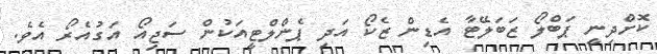
ކޮށްދިނީ ޕަބްލޯ ޒަބަލޭޓާ އެޑިން ޒެކޯ އަދި ޕެންލްޓީއަކުން ސަޖިއޯ އަގުއެރޯ އެވެ.